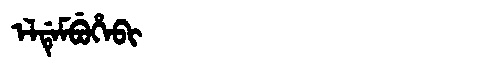
Manchu: ᡝᠯᡩᡝᠮᠪᡠᡥᡝᠪᡳ
Romanization: ELDEMBUHEBI